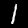
Label: 1